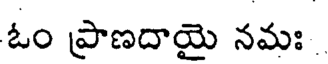
ఓం ప్రాణదాయై నమః